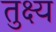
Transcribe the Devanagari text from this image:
तुक्ष्य